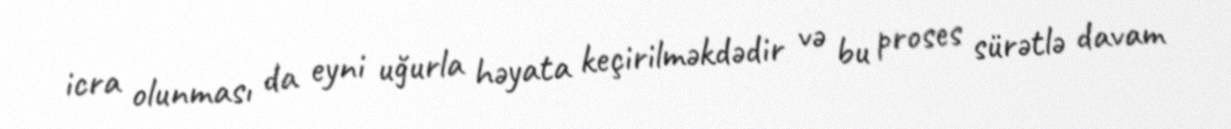
icra olunması da eyni uğurla həyata keçirilməkdədir və bu proses sürətlə davam